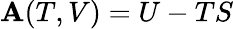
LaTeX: \mathbf{A}(T,V)=U-TS